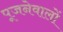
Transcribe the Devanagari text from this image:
पूजनेवालों